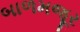
બાળમજૂર